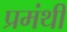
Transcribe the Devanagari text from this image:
प्रमंथी